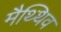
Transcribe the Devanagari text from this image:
मैथ्थिव